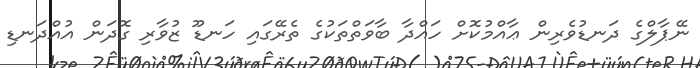
ނޭޕާލްގެ ދަނޑުވެރިން ޢާއްމުކޮށް ހައްދާ ބާވަތްތަކުގެ ތެރޭގައި ހަނޑޫ ޒުވާރި ގޮދަން އުއްދަނޑި